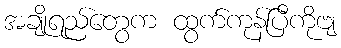
အချိုရည်တွေက ထွက်ကုန်ပြီကိုဗျ